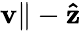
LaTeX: \mathbf{v}\| -\mathbf{\hat{z}}